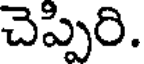
చెప్పిరి.